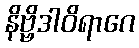
နိဗ္ဗိဒါဝိရာဂေ